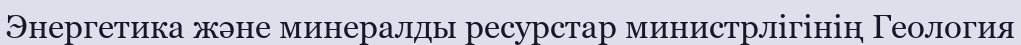
Энергетика және минералды ресурстар министрлігінің Геология